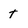
Character: t